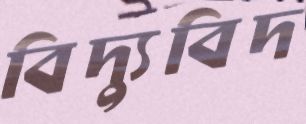
বিদ্যুবিদ